65_HS1-834228961_62-HQ-83894_Section_4
Agency: FBI
Page 135
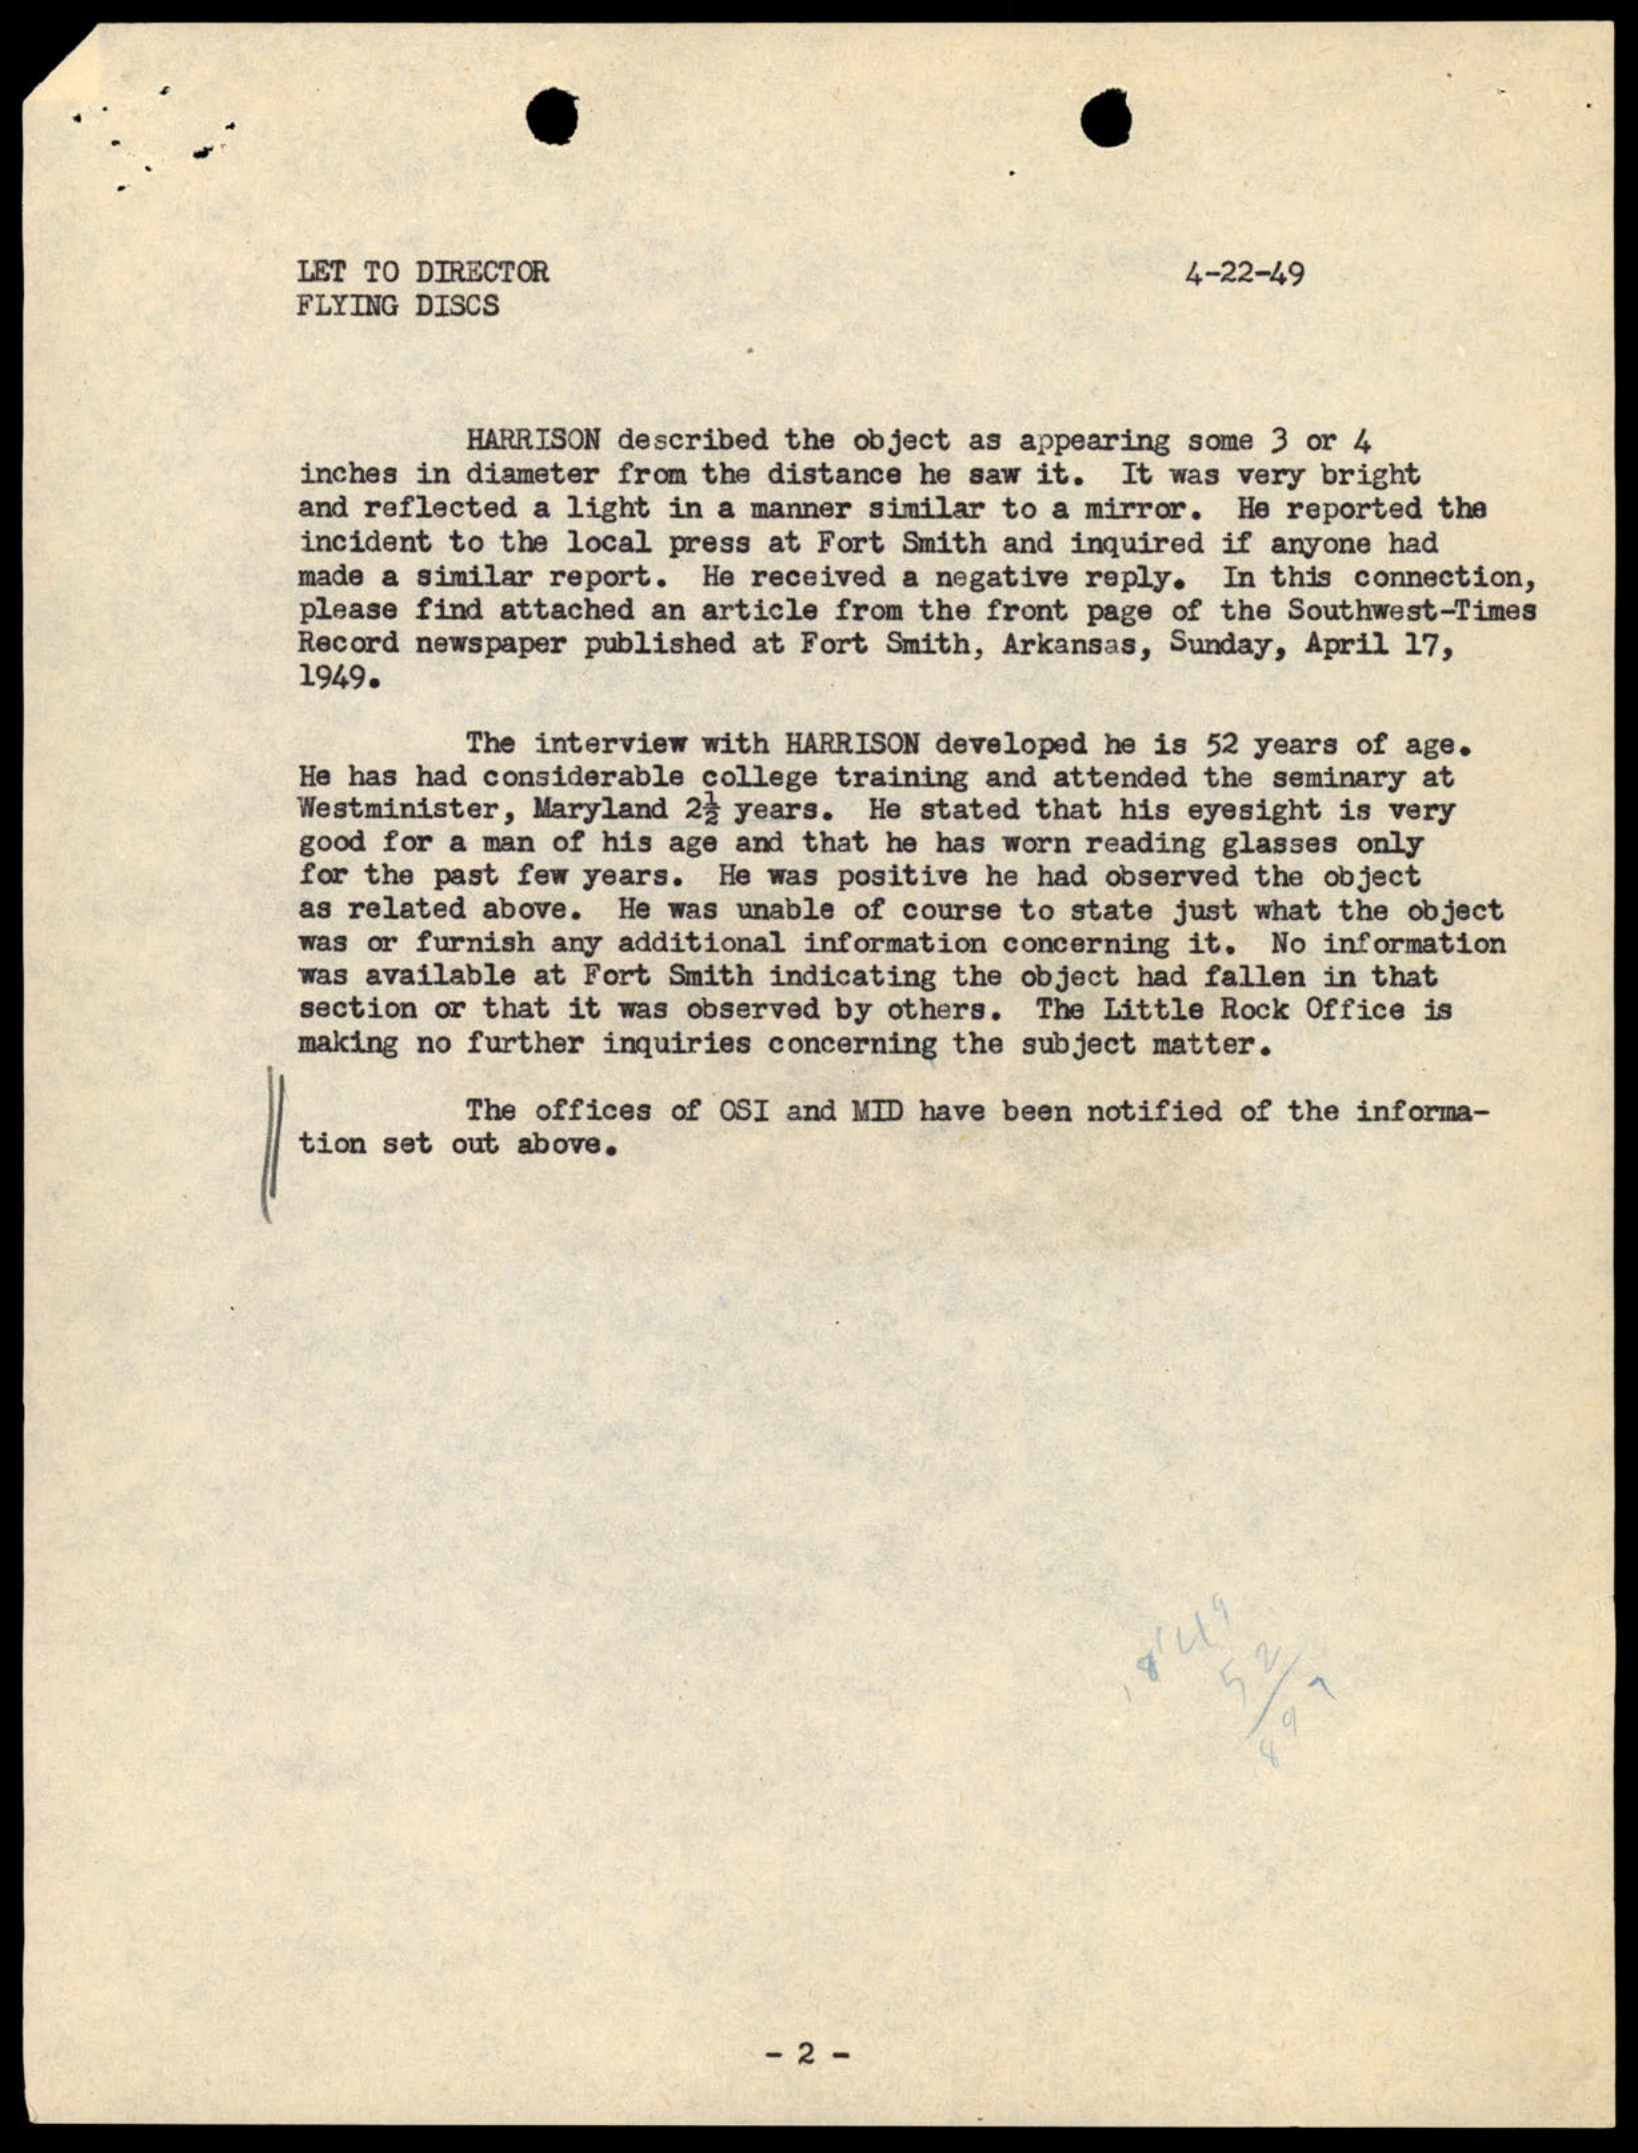